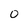
Character: 0